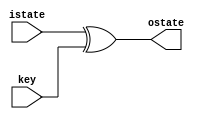
module addroundkey (
	input [127:0] istate,
	input [127:0] key,

	output [127:0] ostate
);

assign ostate = istate ^ key;

endmodule